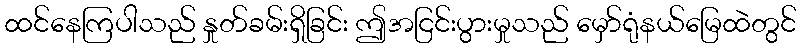
ထင်နေကြပါသည် နှုတ်ခမ်းရှိခြင်း ဤအငြင်းပွားမှုသည် မှော်ရုံနယ်မြေထဲတွင်